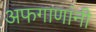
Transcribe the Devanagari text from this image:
अफगाणांनी